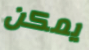
يمكن